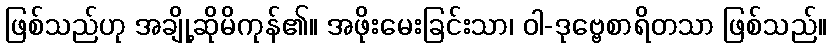
ဖြစ်သည်ဟု အချို့ဆိုမိကုန်၏။ အဖိုးမေးခြင်းသာ၊ ဝါ-ဒုဗ္ဗေစာရိတသာ ဖြစ်သည်။